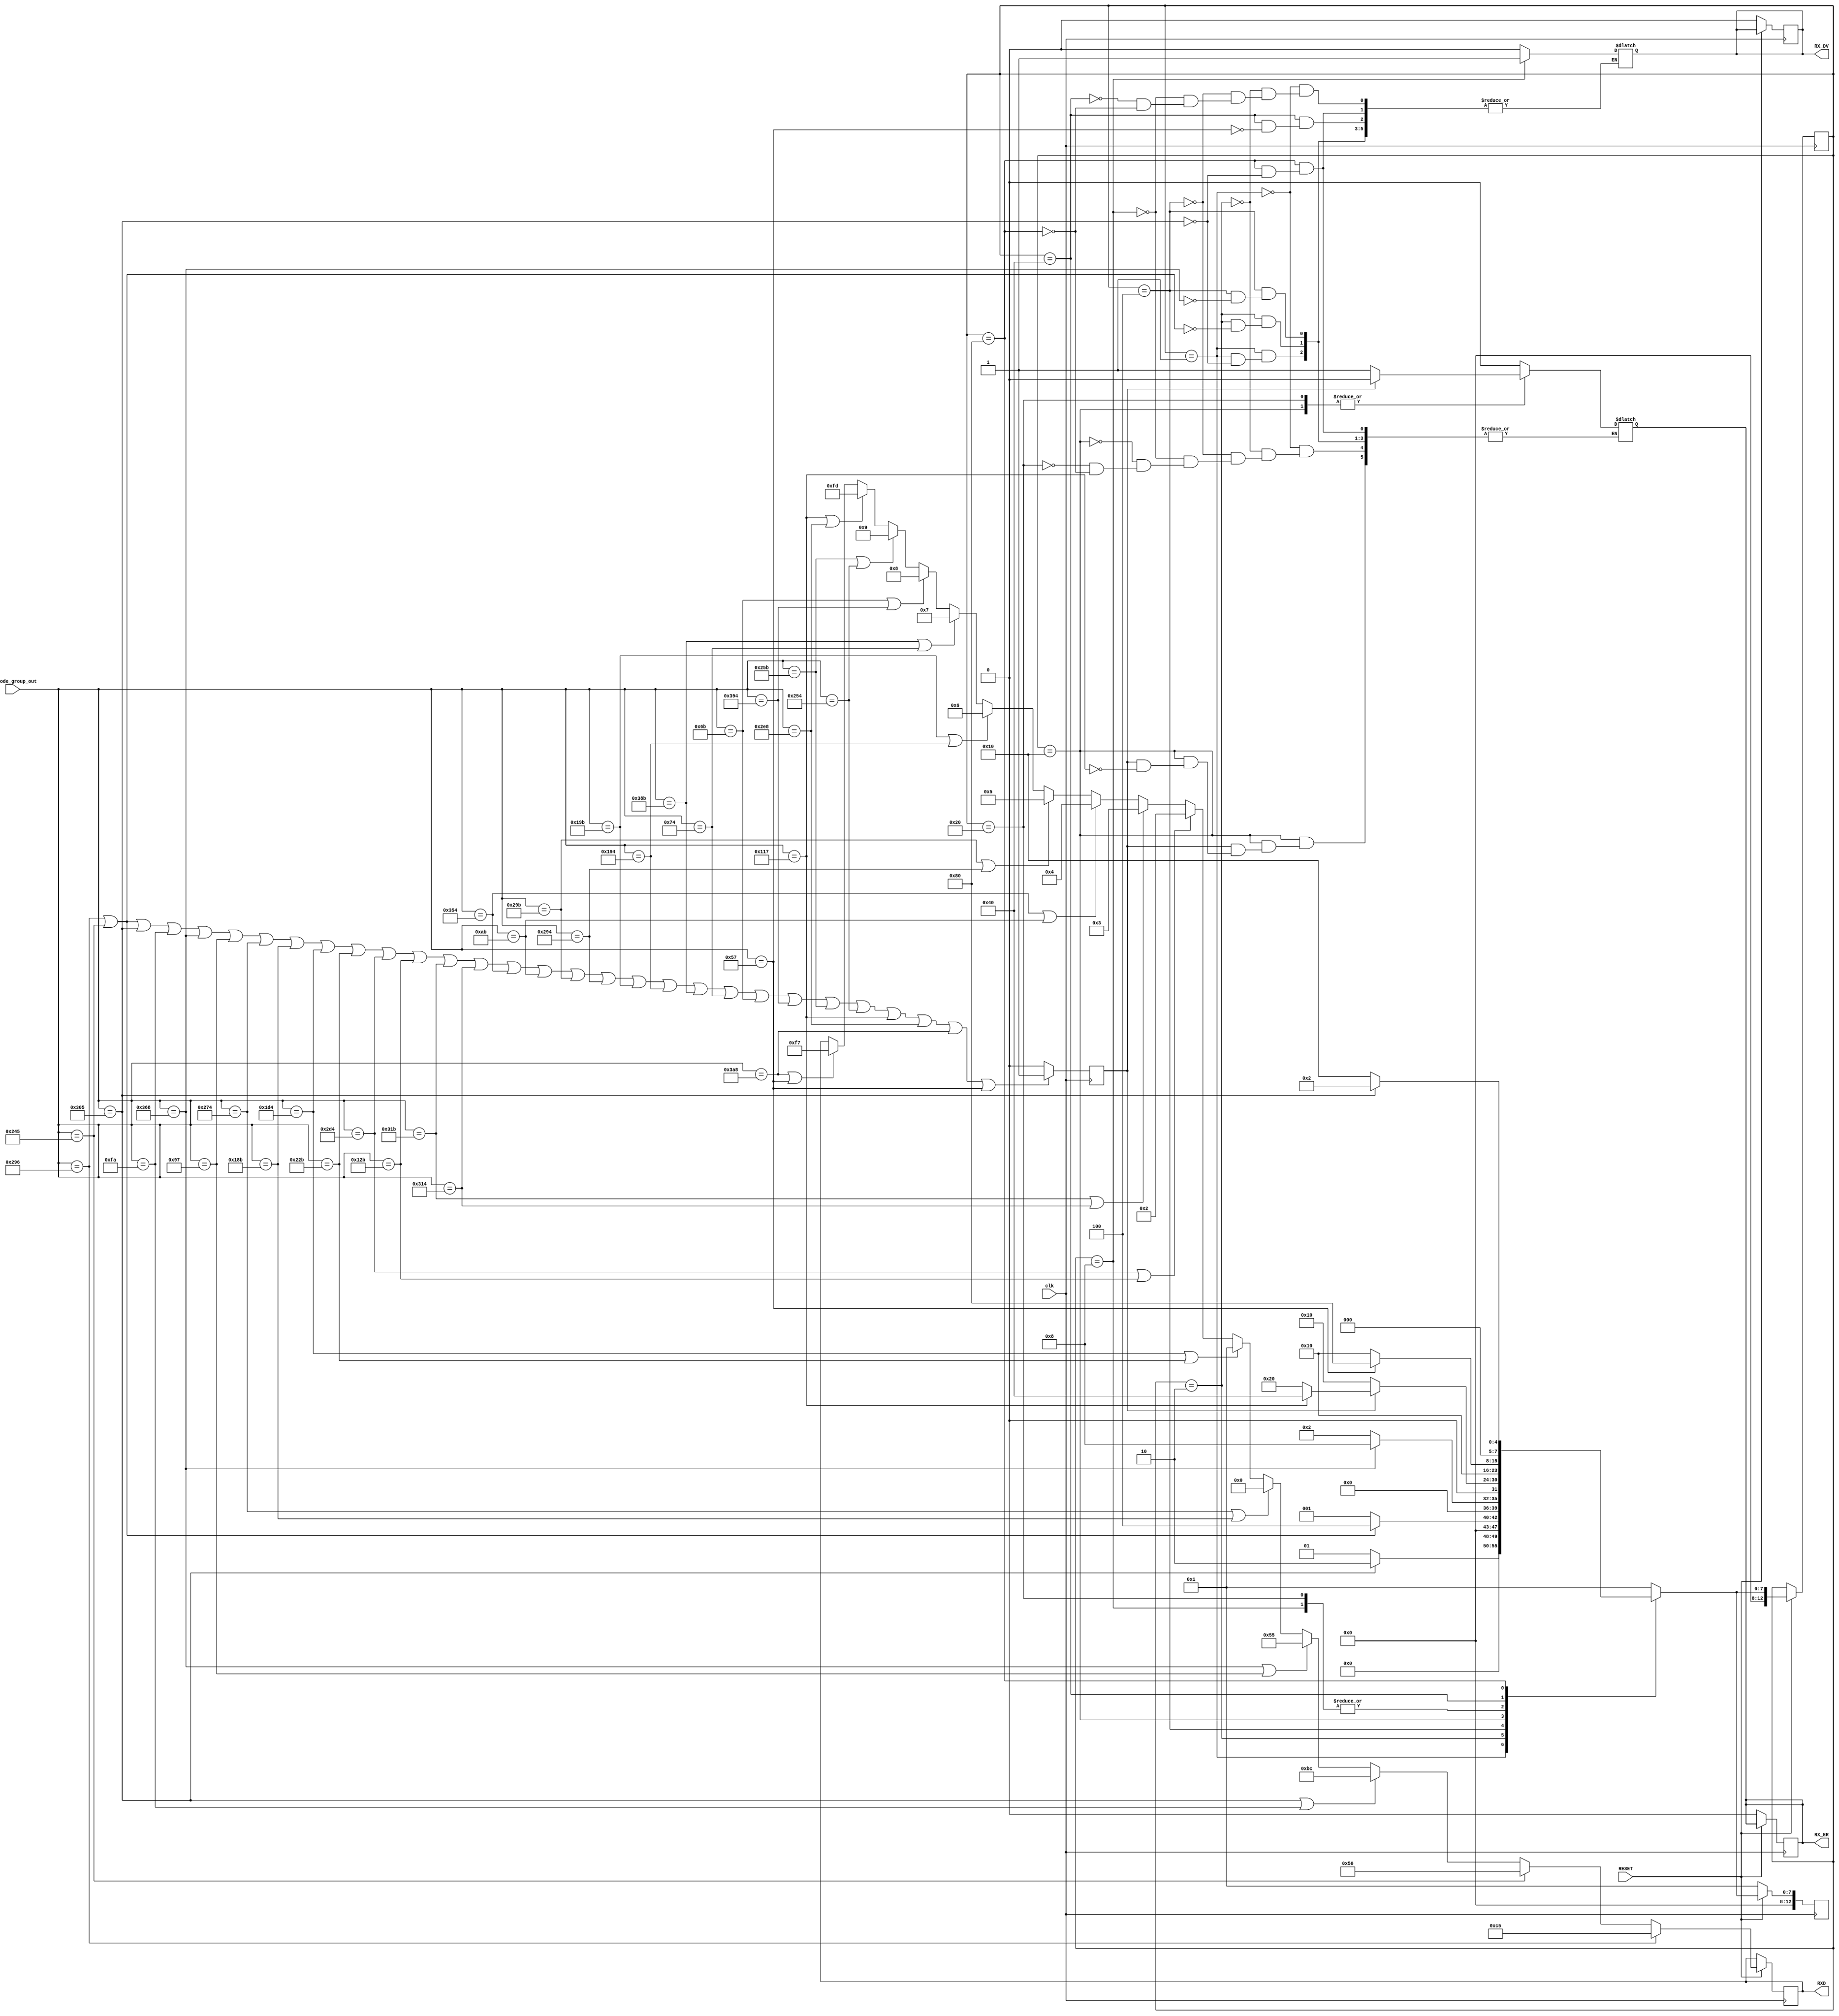
module Receive(
clk,
RESET,
rx_code_group_out,
RXD,//7:0
RX_DV,
RX_ER

);

//-----------Estados------------
parameter WAIT_FOR_K = 8'h1;
parameter RX_K = 8'h2;
parameter IDE_D = 8'h4;
parameter START_OF_PACKET = 8'h8;
parameter RECEIVE = 8'h10;
parameter RX_DATA = 8'h20;
parameter TRI_RRI_1 = 8'h40;
parameter TRI_RRI_2 = 8 'h80;


//-----------Inputs------------
input clk, RESET;
input [9:0] rx_code_group_out;
//-----------outputs-----------
output reg RX_DV, RX_ER;
output reg [7:0] RXD;
//------------Variables auxiliares--------
reg [12:0] state;
reg [12:0] nxt_state;
reg valid;//dato valido de los codegroups de control y datos 

//------------Code groups--------
reg [9:0] code_group [0:29];

//------------Codigo--------
always@(posedge clk)begin//flipflops maquina de estado
	if(RESET)begin 
		
		state<= nxt_state;//cambiar de estado
		
		if(rx_code_group_out==10'b1010010110) RXD<=8'hC5;//D5.6
        else if(rx_code_group_out==10'b1001000101) RXD<=8'h50;//D16.2
        else if(rx_code_group_out==10'b1100000101||rx_code_group_out==10'b0011111010) RXD<=8'hBC; //k28.5
        else if(rx_code_group_out==10'b1101101000||rx_code_group_out==10'b0010010111) RXD<=8'h55; //S
        else if(rx_code_group_out==10'b1001110100||rx_code_group_out==10'b0110001011) RXD<=8'h00; //D0.0
        else if(rx_code_group_out==10'b0111010100||rx_code_group_out==10'b1000101011) RXD<=8'h01; //D1.0
        else if(rx_code_group_out==10'b1011010100||rx_code_group_out==10'b0100101011) RXD<=8'h02; //D2.0
        else if(rx_code_group_out==10'b1100011011||rx_code_group_out==10'b1100010100) RXD<=8'h03; //D3.0
        else if(rx_code_group_out==10'b1101010100||rx_code_group_out==10'b0010101011) RXD<=8'h04; //D4.0
        else if(rx_code_group_out==10'b1010011011||rx_code_group_out==10'b1010010100) RXD<=8'h05; //D5.0
        else if(rx_code_group_out==10'b0110011011||rx_code_group_out==10'b0110010100) RXD<=8'h06; //D6.0
        else if(rx_code_group_out==10'b1110001011||rx_code_group_out==10'b0001110100) RXD<=8'h07; //D7.0
        else if(rx_code_group_out==10'b0001101011||rx_code_group_out==10'b1110010100) RXD<=8'h08; //D8.0
        else if(rx_code_group_out==10'b1001011011||rx_code_group_out==10'b1001010100) RXD<=8'h09; //D9.0
        else if(rx_code_group_out==10'b0100010111||rx_code_group_out==10'b1011101000) RXD<=8'hFD; //K29.7
        else if(rx_code_group_out==10'b1110101000||rx_code_group_out==10'b0001010111) RXD<=8'hF7; //K23.7


	end else begin //reset de todas las salidas y variables auxiliares del modulo
		
		nxt_state<=WAIT_FOR_K;
		RX_DV<=0; 
		RX_ER<=0;

		
	end
end


always @(*)begin

	nxt_state = state;//inicializacion
	
	case(state)//un case para pasar de estado en estado
		
		
		WAIT_FOR_K: begin//1
			
			if(rx_code_group_out==10'b1100000101)begin// k28.5 par

				RX_DV=0;
				RX_ER=0;
				nxt_state = RX_K;

			end else nxt_state = WAIT_FOR_K;

			
		end
	
		RX_K: begin //2

			if(rx_code_group_out==10'b1010010110 || rx_code_group_out==10'b1001000101 )begin//D5.6/D16.2 impar
				RX_DV=0;
				RX_ER=0;
				nxt_state = IDE_D;
			end else nxt_state = WAIT_FOR_K;
		end

		IDE_D: begin//si hay una coma par 4

			if(rx_code_group_out==10'b1101101000)begin//S par/impar
				RX_DV=0;
				RX_ER=0;
				nxt_state = START_OF_PACKET;
			end else nxt_state = RX_K;
			
		end

		START_OF_PACKET: begin//8

			RX_DV=1;
			RX_ER=0;	
			nxt_state = RECEIVE;

		end 
//10
		RECEIVE: begin //si hay una coma par

		if(valid)begin	
			if(rx_code_group_out==10'b0100010111 )begin//T par 
				RX_ER=0;
				nxt_state = TRI_RRI_1;
			end else nxt_state = RX_DATA;
		end else begin
		RX_ER=1;
		nxt_state = RECEIVE; 
		end
			
		end

//20	
	

		RX_DATA: begin  //datos pares e impares

			if(valid)begin
					//decode ?
				RX_ER=0;
				nxt_state=RECEIVE;

			end else 
			begin
				//decode ?
				RX_ER=1;
				nxt_state=RECEIVE;
			end
	
		end
//40
		TRI_RRI_1: begin //40


		if(rx_code_group_out==10'b0001010111/*k23.7/R*/ )begin//R impar
				RX_DV=0;
				nxt_state = TRI_RRI_2;
			end else nxt_state = RECEIVE;
			
		end
//80

		TRI_RRI_2: begin //80

			if(rx_code_group_out==10'b1100000101/*k28.5/I*/ )begin//I par

				RX_DV=0;
				RX_ER=0;
				nxt_state = RX_K;

			end else nxt_state = RECEIVE;

		end


		default: nxt_state = WAIT_FOR_K;//si no pasa nada se pasa al primer estado
	endcase
	
end

always@(posedge clk)begin


	code_group[0]= 10'b1010010110; //D5.6 impar= 1010010110
 	code_group[1]= 10'b1001000101; 	//D16.2 impar=1001000101
	code_group[2]= 10'b1100000101;	// K28.5 par=1100000101
	code_group[3]= 10'b0011111010; //K28.5 impar=0011111010
	code_group[4]= 10'b1101101000; //K27.7 impar=1101101000
	code_group[5]= 10'b0010010111; //K27.7 par=0010010111
	code_group[6]= 10'b1001110100; //D0.0 impar=1001110100\
	code_group[7]= 10'b0110001011; //D0.0 par=0110001011
	code_group[8]= 10'b0111010100; //D1.0 impar=0111010100
	code_group[9]= 10'b1000101011;//D1.0 par=1000101011
	code_group[10]= 10'b1011010100;//D2.0 impar=1011010100
	code_group[11]= 10'b0100101011;//D2.0 par=0100101011
	code_group[12]= 10'b1100011011;//D3.0 impar=1100011011
	code_group[13]= 10'b1100010100;//D3.0 par=1100010100
	code_group[14]= 10'b1101010100;//D4.0 impar=1101010100
	code_group[15]= 10'b0010101011;//D4.0 par=0010101011
	code_group[16]= 10'b1010011011;//D5.0 impar=1010011011
	code_group[17]= 10'b1010010100;//D5.0 par=1010010100
	code_group[18]= 10'b0110011011;//D6.0 impar=0110011011
	code_group[19]= 10'b0110010100;//D6.0 par=0110010100
	code_group[20]= 10'b1110001011;//D7.0 impar=1110001011
	code_group[21]= 10'b0001110100;//D7.0 par=0001110100
	code_group[22]= 10'b0001101011;//D8.0 par=0001101011
	code_group[23]= 10'b1110010100;//D8.0 impar=1110010100
	code_group[24]= 10'b1001011011;//D9.0 impar=1001011011
	code_group[25]= 10'b1001010100;//D9.0 par=1001010100
	code_group[26]= 10'b0100010111;//K29.7=0100010111 par
	code_group[27]= 10'b1011101000;//K29.7=1011101000 impar
	code_group[28]= 10'b1110101000;//k23.7 R par
	code_group[29]= 10'b0001010111;//k23.7 R impar

	//si se cumple que el dato esta en la lista el code group es valido 
	if(rx_code_group_out==code_group[0]||rx_code_group_out==code_group[1]||rx_code_group_out==code_group[2]||rx_code_group_out==code_group[3]||rx_code_group_out==code_group[4]
	||rx_code_group_out==code_group[5]||rx_code_group_out==code_group[6]||rx_code_group_out==code_group[7]||rx_code_group_out==code_group[8]||rx_code_group_out==code_group[9]
	||rx_code_group_out==code_group[10]||rx_code_group_out==code_group[11]||rx_code_group_out==code_group[12]||rx_code_group_out==code_group[13]||rx_code_group_out==code_group[14]
	||rx_code_group_out==code_group[15]||rx_code_group_out==code_group[16]||rx_code_group_out==code_group[17]||rx_code_group_out==code_group[18]||rx_code_group_out==code_group[19]
	||rx_code_group_out==code_group[20]||rx_code_group_out==code_group[21]||rx_code_group_out==code_group[22]||rx_code_group_out==code_group[23]||rx_code_group_out==code_group[24]
	||rx_code_group_out==code_group[25]||rx_code_group_out==code_group[26]||rx_code_group_out==code_group[27]||rx_code_group_out==code_group[28]||rx_code_group_out==code_group[29]
	)begin
	valid=1;
	
	end else valid=0;


end



endmodule